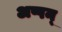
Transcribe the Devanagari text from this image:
अप्पन्